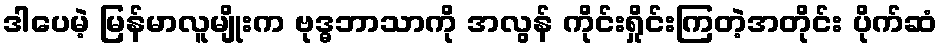
ဒါပေမဲ့ မြန်မာလူမျိုးက ဗုဒ္ဓဘာသာကို အလွန် ကိုင်းရှိုင်းကြတဲ့အတိုင်း ပိုက်ဆံ